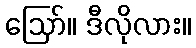
ဪ။ ဒီလိုလား။